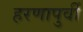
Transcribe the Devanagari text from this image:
हरणापुर्वी